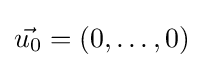
{\vec {u_{0}}}=(0,\ldots ,0)